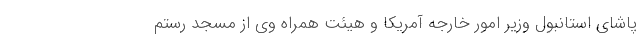
پاشای استانبول وزیر امور خارجه آمریکا و هیئت همراه وی از مسجد رستم